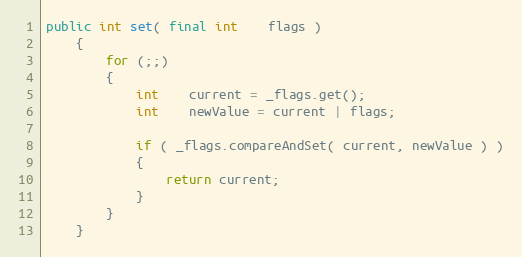
Language: Java
public int set( final int    flags )
    {
        for (;;)
        {
            int    current = _flags.get();
            int    newValue = current | flags;

            if ( _flags.compareAndSet( current, newValue ) )
            {
                return current;
            }
        }
    }